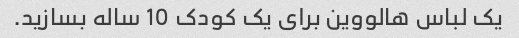
یک لباس هالووین برای یک کودک 10 ساله بسازید.